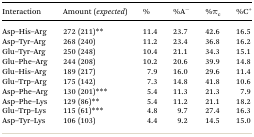
<table><thead><tr><td><b>Interaction</b></td><td><b>Amount (<i>expected</i>)</b></td><td><b>%</b></td><td><b>%A<sup>–</sup></b></td><td><b>%π<sub>c</sub></b></td><td><b>%C<sup>+</sup></b></td></tr></thead><tbody><tr><td>Asp–His–Arg</td><td>272 (211)**</td><td>11.4</td><td>23.7</td><td>42.6</td><td>16.5</td></tr><tr><td>Asp–Tyr–Arg</td><td>268 (240)</td><td>11.2</td><td>23.4</td><td>36.8</td><td>16.2</td></tr><tr><td>Glu–Tyr–Arg</td><td>250 (248)</td><td>10.4</td><td>21.1</td><td>34.3</td><td>15.1</td></tr><tr><td>Glu–Phe–Arg</td><td>244 (208)</td><td>10.2</td><td>20.6</td><td>39.9</td><td>14.8</td></tr><tr><td>Glu–His–Arg</td><td>189 (217)</td><td>7.9</td><td>16.0</td><td>29.6</td><td>11.4</td></tr><tr><td>Glu–Trp–Arg</td><td>175 (142)</td><td>7.3</td><td>14.8</td><td>41.8</td><td>10.6</td></tr><tr><td>Asp–Phe–Arg</td><td>130 (201)***</td><td>5.4</td><td>11.3</td><td>21.3</td><td>7.9</td></tr><tr><td>Asp–Phe–Lys</td><td>129 (86)**</td><td>5.4</td><td>11.2</td><td>21.1</td><td>18.2</td></tr><tr><td>Glu–Trp–Lys</td><td>115 (61)***</td><td>4.8</td><td>9.7</td><td>27.4</td><td>16.3</td></tr><tr><td>Asp–Tyr–Lys</td><td>106 (103)</td><td>4.4</td><td>9.2</td><td>14.5</td><td>15.0</td></tr></tbody></table>